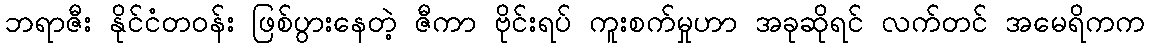
ဘရာဇီး နိုင်ငံတဝန်း ဖြစ်ပွားနေတဲ့ ဇီကာ ဗိုင်းရပ် ကူးစက်မှုဟာ အခုဆိုရင် လက်တင် အမေရိကက